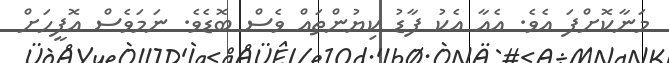
މަނާކޮށްފަ އެވެ. އެއާ އެކު ފާޑު ކިޔުންތައް ވެސް ބޮޑެވެ. ނަމަވެސް އޮފީހަށް